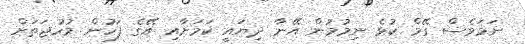
ނަމަވެސް ގޭމް ކުޅެ ނިމުމުން އޭނާ ދިޔައީ ކަމަށާއި އޭގެ ފަހުން މުހުޖަތަށް